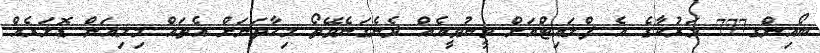
ބޯއިންގ777 މަރުކާގެ އެ ފްލައިޓްއަށް ވީނުވީއެއް ދެނެގަނެވޭތޯ މިހާތަނަށް އެތައް މިލިއަން ޑޮލަރެއް